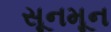
સૂનમૂન